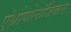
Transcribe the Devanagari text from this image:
एंथ्रोपोलॉजिकल